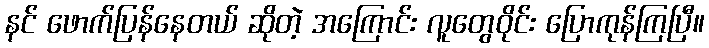
နင် ဖောက်ပြန်နေတယ် ဆိုတဲ့ အကြောင်း လူတွေဝိုင်း ပြောကုန်ကြပြီ။